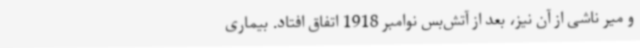
و میر ناشی از آن نیز، بعد از آتش‌بس نوامبر 1918 اتفاق افتاد. بیماری